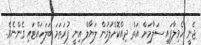
ޖެނީ ހެވިލާފައި ސަލާމަށް އަތް ދިއްކޮށްލުމުން ލަޔާލް އިނީ ފުރަތަމަ ބަލަހައްޓައި ގެންނެވެ.